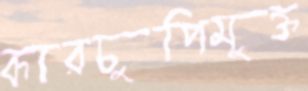
কারচুপিমুক্ত